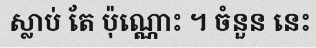
ស្លាប់ តែ ប៉ុណ្ណោះ ។ ចំនួន នេះ